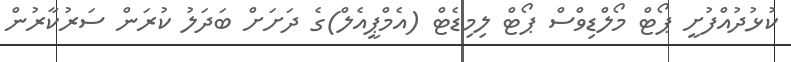
ކުޅުދުއްފުށީ ޕޯޓް މޯލްޑިވްސް ޕޯޓް ލިމިޑެޓް (އެމްޕީއެލް)ގެ ދަށަށް ބަދަލު ކުރަން ސަރުކާރުން